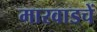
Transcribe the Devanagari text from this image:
मारवाडचें